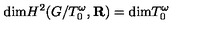
\mathrm { d i m } H ^ { 2 } ( G / T _ { 0 } ^ { \omega } , { \bf R } ) = \mathrm { d i m } T _ { 0 } ^ { \omega }